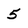
Character: 5